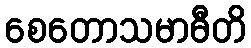
စေတောသမာဓီတိ